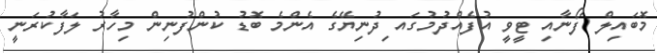
މޮބައިލް ފޯނާއި ޓީވީ އުފެއްދުމުގައ ިދުނިޔޭގެ އެންމެ ބޮޑު ކުންފުނިން މިހާރު ލަފާކުރަނީ